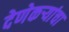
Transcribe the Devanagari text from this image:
देणेकऱ्यांचा